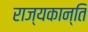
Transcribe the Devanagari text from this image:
राज्यकान्ति